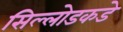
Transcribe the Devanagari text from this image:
सिल्लोडकडे